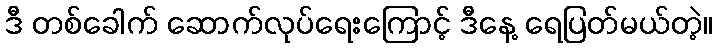
ဒီ တစ်ခေါက် ဆောက်လုပ်ရေးကြောင့် ဒီနေ့ ရေပြတ်မယ်တဲ့။